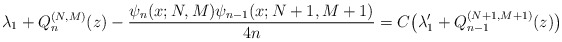
\begin{align*} \lambda _{1}+Q_{n}^{(N,M) }(z) -\frac{\psi _{n}(x;N,M) \psi _{n-1}(x;N+1,M+1) }{4n}=C\big( \lambda _{1}^{\prime }+Q_{n-1}^{(N+1,M+1) }(z) \big) \end{align*}